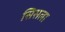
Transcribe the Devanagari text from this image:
सिसला